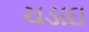
ચડાઇ